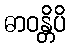
ဓာဝန္တိပိ